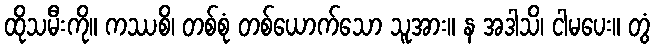
ထိုသမီးကို။ ကဿစိ၊ တစ်စုံ တစ်ယောက်သော သူအား။ န အဒါသိ၊ ငါမပေး။ တွံ